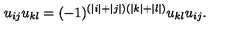
u _ { i j } u _ { k l } = ( - 1 ) ^ { ( | i | + | j | ) ( | k | + | l | ) } u _ { k l } u _ { i j } .